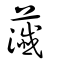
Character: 虃